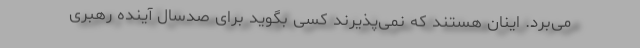
می‌برد. اینان هستند که نمی‌پذیرند کسی بگوید برای صدسال آینده رهبری